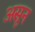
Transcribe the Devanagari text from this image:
असून